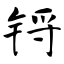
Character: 锊